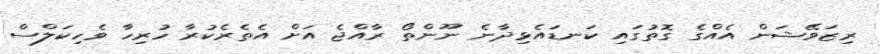
ރިޒަވޭޝަން އެއްގެ ގޮތުގައި ކަނޑައެޅިދާނެ ނޫންތޯ ރާއްޖެ އަށް އެތެރެކުރާ ހުރިހާ ވެހިކަލްސް